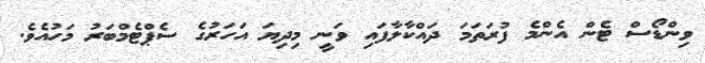
ވިންޑޯސް ޓެން އެންމެ ފުރަތަމަ ދައްކާލާފައި ވަނީ މިދިޔަ އަހަރުގެ ސެޕްޓެމްބަރު މަހުއެވެ.